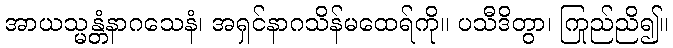
အာယသ္မန္တံနာဂသေနံ၊ အရှင်နာဂသိန်မထေရ်ကို။ ပသီဒိတွာ၊ ကြည်ညို၍။